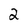
Character: 2